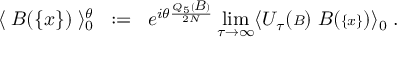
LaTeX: \langle \; { \cal B } ( { \{ x \} } ) \; \rangle _ { 0 } ^ { \theta } \; \; : = \; \; e ^ { i \theta \frac { Q _ { 5 } ( { \scriptstyle { \cal B } } ) } { 2 N } } \operatorname * { l i m } _ { \tau \rightarrow \infty } \langle { \cal U } _ { \tau } ( { \scriptstyle { \cal B } } ) \; { \cal B } ( { \scriptstyle \{ x \} } ) \rangle _ { 0 } \; .